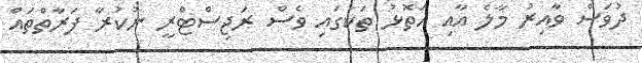
ދުވަސް ވާއިރު މާލެ އާއި އަތޮޅު ތަކުގައި ވެސް ރަޖިސްޓްރީ ނުކުރާ ފަރާތްތައް